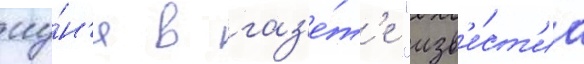
иу́н'я в газ'е́т'е "изв'е́ст'иа